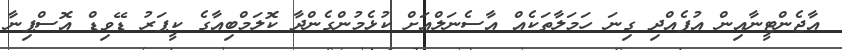
އާޖެންޓީނާއިން އުފެއްދި ގިނަ ހަމަލާތަކެއް އާސެނަލްއަށް ކުޅެމުންގެންދާ ކޮލަމްބިއާގެ ކީޕަރު ޑޭވިޑް އޮސްޕިނާ